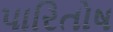
પારિતોષ